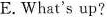
E. What's up?